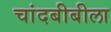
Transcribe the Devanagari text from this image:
चांदबीबीला